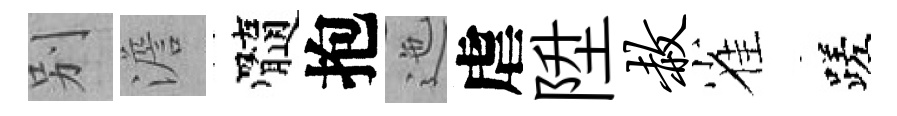
别澹髓抱迤虐陞赦雀蹉